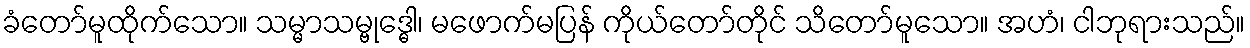
ခံတော်မူထိုက်သော။ သမ္မာသမ္ဗုဒ္ဓေါ၊ မဖောက်မပြန် ကိုယ်တော်တိုင် သိတော်မူသော။ အဟံ၊ ငါဘုရားသည်။